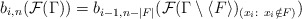
\begin{align*}b_{i,n}(\mathcal{F}(\Gamma))=b_{i-1,n-|F|}(\mathcal{F}(\Gamma\setminus \langle F \rangle)_{(x_i: \ x_i \notin F)})\end{align*}